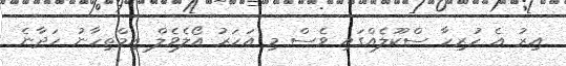
އިރު އެ ހުރިހާ ސްކޫލެއްގައި ވެސް މި އަހަރު އޯލެވެލް އިމްތިހާނު ހަދާނެ